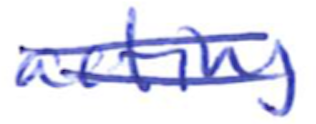
Text: acting
Cross-out: double-line
Writing tool: ballpoint